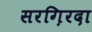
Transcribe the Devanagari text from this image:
सरग़िरदा